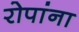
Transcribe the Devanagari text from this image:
रोपांना